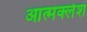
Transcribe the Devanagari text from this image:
आत्मक्लेश